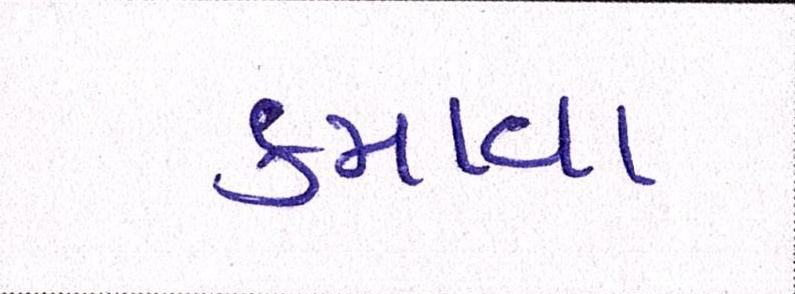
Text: કમાવા